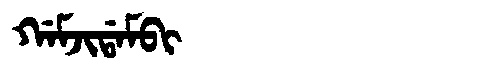
Manchu: ᡤᠠᠮᠵᡳᡩᠠᠮᠪᡳ
Romanization: GAMJIDAMBI